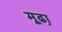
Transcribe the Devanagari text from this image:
मूढा़